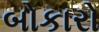
બોકારો